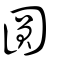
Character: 圓